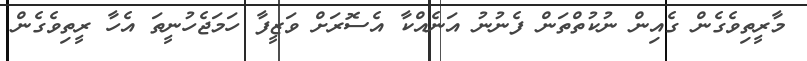
މާރީތިވެގެން ގެއިން ނުކުތްތަން ފެނުނު އަނެއްކާ އެސޮރަށް ވަޒީފާ ހަމަޖެހުނީތަ އެހާ ރީތިވެގެން